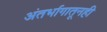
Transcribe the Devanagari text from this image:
अंतर्भागातूनही